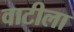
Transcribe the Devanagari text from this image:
वाटीला